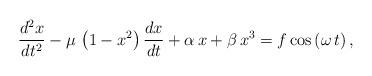
LaTeX: \begin{align*}\frac {d^{2}x}{d{t}^{2}} -\mu\, \left( 1- x^{2} \right) {\frac {dx}{dt}}+\alpha\,x +\beta\,x^{3}=f\cos \left( \omega\,t \right),\end{align*}